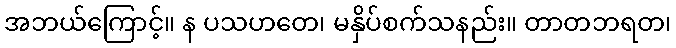
အဘယ်ကြောင့်။ န ပသဟတေ၊ မနှိပ်စက်သနည်း။ တာတဘရတ၊